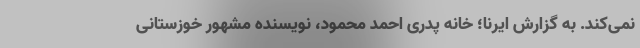
نمی‌کند. به گزارش ایرنا؛ خانه پدری احمد محمود، نویسنده مشهور خوزستانی